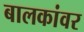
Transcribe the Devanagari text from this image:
बालकांवर